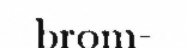
brom-